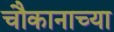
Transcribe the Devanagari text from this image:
चौकानाच्या